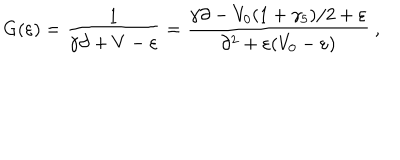
G ( \varepsilon ) = \frac { 1 } { \gamma \partial + V - \varepsilon } = \frac { \gamma \partial - V _ { 0 } ( 1 + \gamma _ { 5 } ) / 2 + \varepsilon } { \partial ^ { 2 } + \varepsilon ( V _ { 0 } - \varepsilon ) } ~ ,